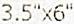
3.5"X6"